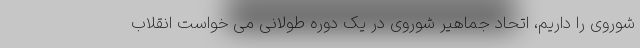
شوروی را داریم، اتحاد جماهیر شوروی در یک دوره طولانی می خواست انقلاب